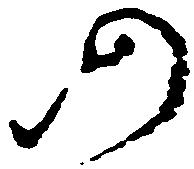
仍